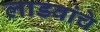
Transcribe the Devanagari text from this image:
लाडवांचे